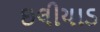
ઇલીયાડ